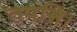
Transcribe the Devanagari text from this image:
तपसि।